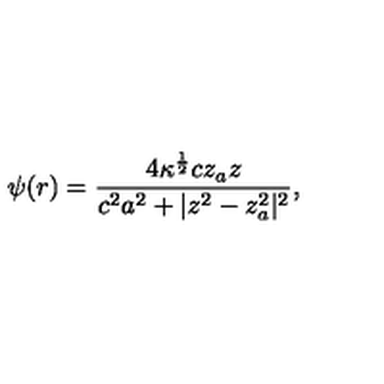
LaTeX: \psi ( r ) = { \frac { 4 \kappa ^ { { \frac { 1 } { 2 } } } c z _ { a } z } { c ^ { 2 } a ^ { 2 } + | z ^ { 2 } - z _ { a } ^ { 2 } | ^ { 2 } } } ,